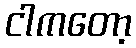
ငါကတော့